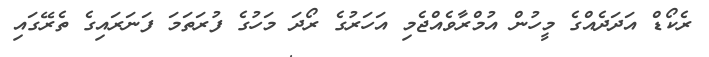
ރެކޯޑް އަދަދެއްގެ މީހުން އުމްރާވެއްޖެމި އަހަރުގެ ރޯދަ މަހުގެ ފުރަތަމަ ފަނަރައިގެ ތެރޭގައި